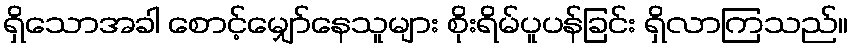
ရှိသောအခါ စောင့်မျှော်နေသူများ စိုးရိမ်ပူပန်ခြင်း ရှိလာကြသည်။